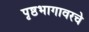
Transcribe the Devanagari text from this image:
पृष्ठभागावरचे